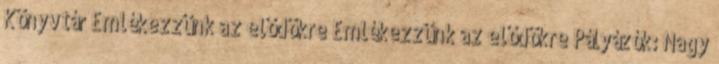
Könyvtár Emlékezzünk az elődökre Emlékezzünk az elődökre Pályázók: Nagy